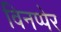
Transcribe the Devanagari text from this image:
विनप्पेर